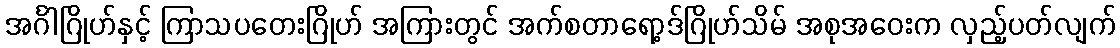
အင်္ဂါဂြိုဟ်နှင့် ကြာသပတေးဂြိုဟ် အကြားတွင် အက်စတာရော့ဒ်ဂြိုဟ်သိမ် အစုအဝေးက လှည့်ပတ်လျက်